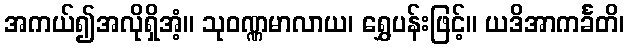
အကယ်၍အလိုရှိအံ့။ သုဝဏ္ဏမာလာယ၊ ရွှေပန်းဖြင့်။ ယဒိအာကင်္ခတိ၊